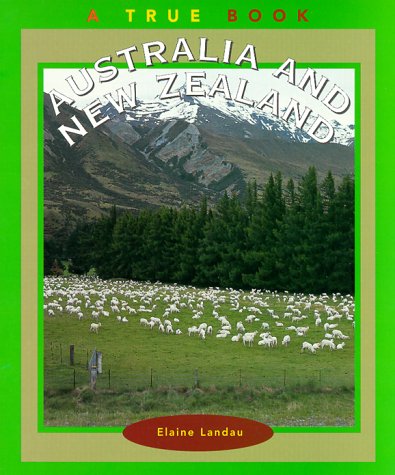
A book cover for Australia & New Zealand (True Books: Countries); Elaine Landau; Children's Books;